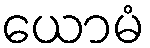
ယောမံ